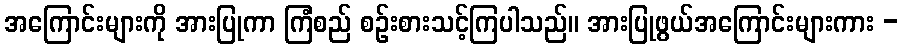
အကြောင်းများကို အားပြုကာ ကြံစည် စဉ်းစားသင့်ကြပါသည်။ အားပြုဖွယ်အကြောင်းများကား -